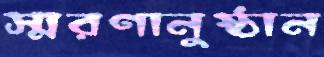
স্মরণানুষ্ঠান